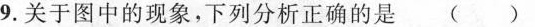
9.关于图中的现象，下列分析正确的是 ()